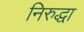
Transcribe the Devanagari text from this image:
निरुद्धा